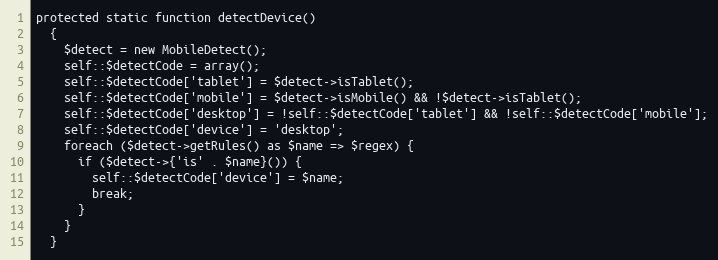
Language: PHP
protected static function detectDevice()
  {
    $detect = new MobileDetect();
    self::$detectCode = array();
    self::$detectCode['tablet'] = $detect->isTablet();
    self::$detectCode['mobile'] = $detect->isMobile() && !$detect->isTablet();
    self::$detectCode['desktop'] = !self::$detectCode['tablet'] && !self::$detectCode['mobile'];
    self::$detectCode['device'] = 'desktop';
    foreach ($detect->getRules() as $name => $regex) {
      if ($detect->{'is' . $name}()) {
        self::$detectCode['device'] = $name;
        break;
      }
    }
  }